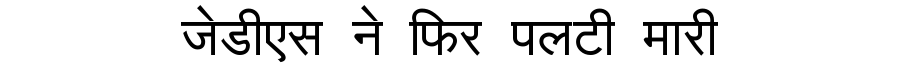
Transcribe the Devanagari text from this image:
जेडीएस ने फिर पलटी मारी